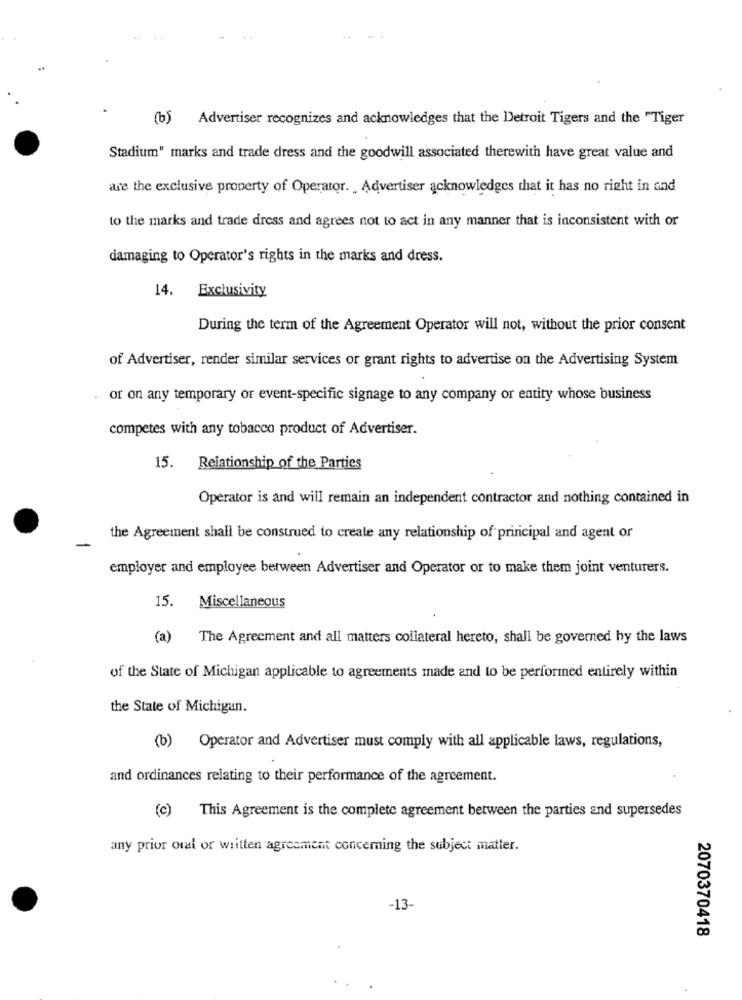
(b) Advertiser recognizes and acknowledges that the Detroit Tigers and the "Tiger
Stadium" marks and trade dress and the goodwill associated therewith have great value and
are the exclusive property of Operator. Advertiser acknowledges that it has no right in and
to the marks and trade dress and agrees not to act in any manner that is inconsistent with or
damaging to Operator's rights in the marks and dress.
14. Exclusivity
During the term of the Agreement Operator will not, without the prior consent
of Advertiser, render similar services or grant rights to advertise on the Advertising System
or on any temporary or event-specific signage to any company or entity whose business
competes with any tobacco product of Advertiser.
15. Relationship of the Parties
Operator is and will remain an independent contractor and nothing contained in
the Agreement shall be construed to create any relationship of principal and agent or
employer and employee between Advertiser and Operator or to make them joint venturers.
15.
Miscellaneous
(a) The Agreement and all matters collateral hereto, shall be governed by the laws
of the State of Michigan applicable to agreements made and to be performed entirely within
the State of Michigan.
(b) Operator and Advertiser must comply with all applicable laws, regulations,
and ordinances relating to their performance of the agreement.
(c) This Agreement is the complete agreement between the parties and supersedes
any prior oral or written agreement concerning the subject matter.
-13-
2070370418